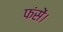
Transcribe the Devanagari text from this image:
फंसें।